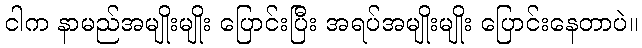
ငါက နာမည်အမျိုးမျိုး ပြောင်းပြီး အရပ်အမျိုးမျိုး ပြောင်းနေတာပဲ။